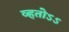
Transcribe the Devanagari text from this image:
व्हतोऽऽ